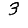
Digit: 3